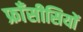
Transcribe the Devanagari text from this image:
फ्राँसीसियों